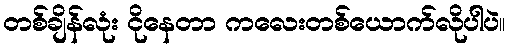
တစ်ချိန်လုံး ငိုနေတာ ကလေးတစ်ယောက်လိုပါပဲ။